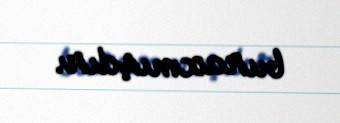
buraxmışdır.